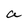
Character: a